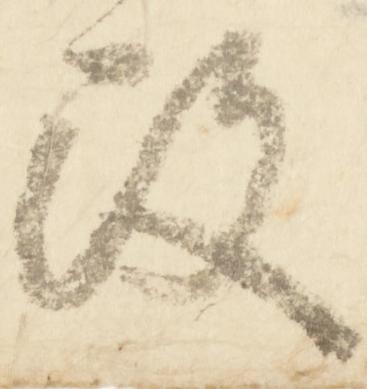
改